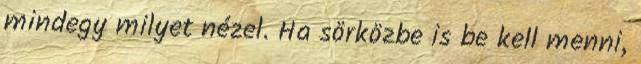
mindegy milyet nézel. Ha sörközbe is be kell menni,